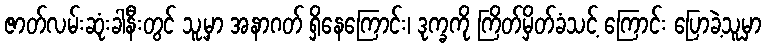
ဇာတ်လမ်းဆုံးခါနီးတွင် သူ့မှာ အနာဂတ် ရှိနေကြောင်း၊ ဒုက္ခကို ကြိတ်မှိတ်ခံသင့် ကြောင်း ပြောခဲ့သူမှာ